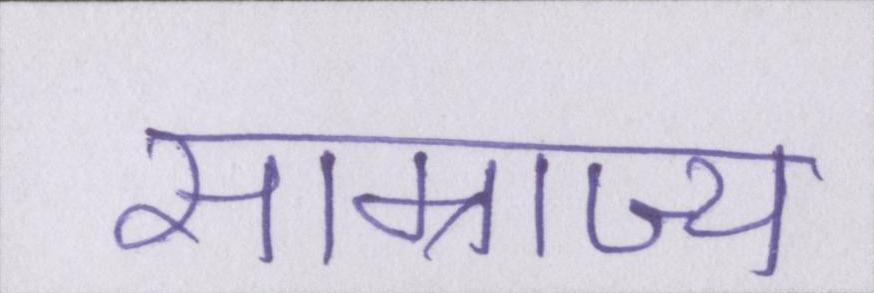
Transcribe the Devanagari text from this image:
साम्राज्य